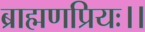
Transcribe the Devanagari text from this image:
ब्राह्मणप्रियः।।